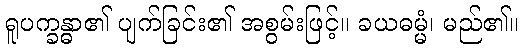
ရူပက္ခန္ဓာ၏ ပျက်ခြင်း၏ အစွမ်းဖြင့်။ ခယဓမ္မံ၊ မည်၏။